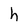
Character: h